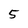
Character: 5